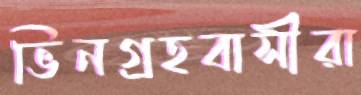
ভিনগ্রহবাসীরা